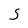
Character: S